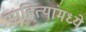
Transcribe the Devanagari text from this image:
साहित्यांमध्ये